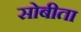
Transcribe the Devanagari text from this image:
सोबीता